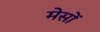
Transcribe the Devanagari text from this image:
मेसों